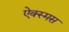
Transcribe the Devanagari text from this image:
ऐक्स्मस